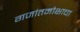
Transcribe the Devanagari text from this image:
गजांतमोक्षाचा